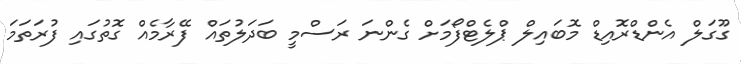
ގޫގަލް އެންޑްރޮއިޑް މޮބައިލް ޕްލެޓްފޯމަށް ގެންނަ ރަސްމީ ބަދަލުތައް ފޭރާމެއް ގޮތުގައި ފުރަތަމަ